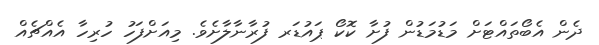
ދެން އެބޯތައްޓަށް މަޑުމަޑުން ފުށާ ކޮކޯ ޕައުޑަރ ފުރާނާލާށެވެ. މިއަށްފަހު ހުރިހާ އެއްޗެއް